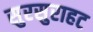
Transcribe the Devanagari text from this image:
सुरसुराहट